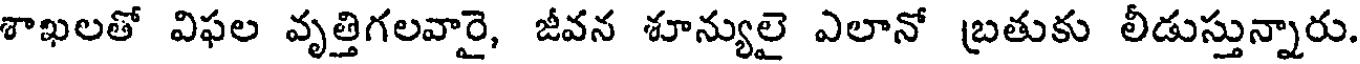
శాఖలతో విఫల వృత్తిగలవారై, జీవన శూన్యులై ఎలానో బ్రతుకు లీడుస్తున్నారు.